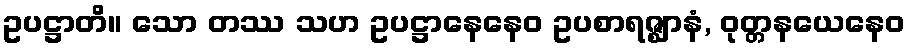
ဥပဋ္ဌာတိ။ သော တဿ သဟ ဥပဋ္ဌာနေနေဝ ဥပစာရဇ္ဈာနံ, ဝုတ္တနယေနေဝ